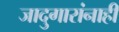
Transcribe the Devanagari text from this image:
जादुगारांनाही